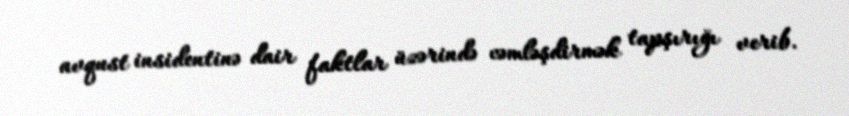
avqust insidentinə dair faktlar üzərində cəmləşdirmək tapşırığı verib.